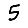
Digit: 5